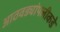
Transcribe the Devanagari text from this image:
आठवड्यांपलीकडे